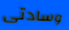
وسادتى